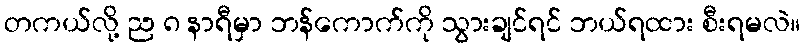
တကယ်လို့ ည ၈ နာရီမှာ ဘန်ကောက်ကို သွားချင်ရင် ဘယ်ရထား စီးရမလဲ။